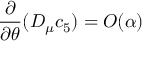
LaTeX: \frac { \partial } { \partial \theta } ( D _ { \mu } c _ { 5 } ) = O ( \alpha )